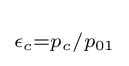
\scriptstyle \epsilon _{c}=p_{c}/p_{01}